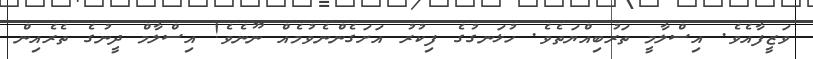
ވަޒީފާއެވެ. އިސްލާމީ ތަރުބިއްޔަތެވެ. ހުޅަނގުގެ ފިކުރު އަށަގެންނެވުމެއް ނޫނެވެ! އިސްލާމް ދީނުގެ ތެރެއިން